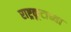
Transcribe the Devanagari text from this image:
राष्ट्रकूटाच्या